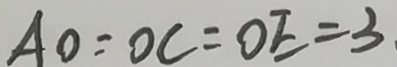
A O = O C = O E = 3 .